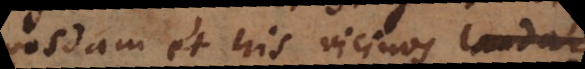
quosdam et his vicinos valde